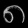
Digit: ၈